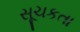
સૂચકતા